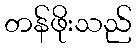
တန်ဖိုးသည်